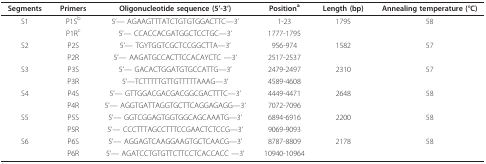
<table><thead><tr><td><b>Segments</b></td><td><b>Primers</b></td><td><b>Oligonucleotide sequence (5&#x27;-3&#x27;)</b></td><td><b>Position<sup>a</sup></b></td><td><b>Length (bp)</b></td><td><b>Annealing temperature (°C)</b></td></tr></thead><tbody><tr><td>S1</td><td>P1S<sup>b</sup></td><td>5&#x27;--- AGAAGTTTATCTGTGTGGACTTC---3&#x27;</td><td>1-23</td><td>1795</td><td>58</td></tr><tr><td></td><td>P1R<sup>c</sup></td><td>5&#x27;--- CCACCACGATGGCTCCTGC---3&#x27;</td><td>1777-1795</td><td></td><td></td></tr><tr><td>S2</td><td>P2S</td><td>5&#x27;--- TGYTGGTCGCTCCGGCTTA---3&#x27;</td><td>956-974</td><td>1582</td><td>57</td></tr><tr><td></td><td>P2R</td><td>5&#x27;--- AAGATGCCACTTCCACAYCTC ---3&#x27;</td><td>2517-2537</td><td></td><td></td></tr><tr><td>S3</td><td>P3S</td><td>5&#x27;--- GACACTGGATGTGCCATTG---3&#x27;</td><td>2479-2497</td><td>2310</td><td>57</td></tr><tr><td></td><td>P3R</td><td>5&#x27;---TCTTTTTGTTGTTTTTAAAG---3&#x27;</td><td>4589-4608</td><td></td><td></td></tr><tr><td>S4</td><td>P4S</td><td>5&#x27;--- GTTGGACGACGACGGCGACTTTC---3&#x27;</td><td>4449-4471</td><td>2648</td><td>58</td></tr><tr><td></td><td>P4R</td><td>5&#x27;--- AGGTGATTAGGTGCTTCAGGAGAGG---3&#x27;</td><td>7072-7096</td><td></td><td></td></tr><tr><td>S5</td><td>P5S</td><td>5&#x27;--- GGTCGGAGTGGTGGCAGCAAATG---3&#x27;</td><td>6894-6916</td><td>2200</td><td>58</td></tr><tr><td></td><td>P5R</td><td>5&#x27;--- CCCTTTAGCCTTTCCGAACTCTCCG---3&#x27;</td><td>9069-9093</td><td></td><td></td></tr><tr><td>S6</td><td>P6S</td><td>5&#x27;--- AGGAGTCAAGGAAGTGCTCAACG---3&#x27;</td><td>8787-8809</td><td>2178</td><td>58</td></tr><tr><td></td><td>P6R</td><td>5&#x27;--- AGATCCTGTGTTCTTCCTCACCACC ---3&#x27;</td><td>10940-10964</td><td></td><td></td></tr></tbody></table>